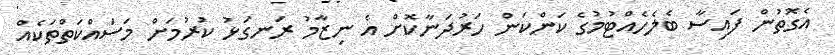
އެގޮތުން ފައިސާ ބެލެހެއްޓުމުގެ ކަންކަން ހަރުދަނާކޮށް އެ ނިޒާމު ރަނގަޅު ކުރުމަށް މަސައްކަތްތަކެއް